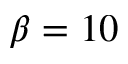
\beta = 1 0